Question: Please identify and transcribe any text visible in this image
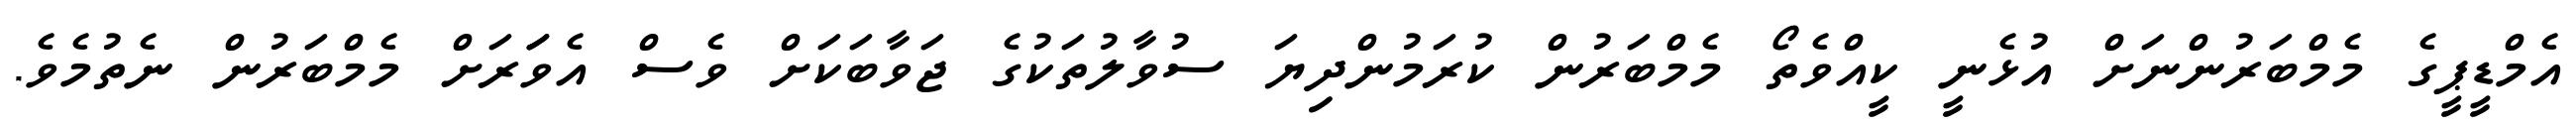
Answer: އެމްޑީޕީގެ މެމްބަރުންނަށް އުޅެނީ ކީއްވެތޯ މެމްބަރުން ކުރަމުންދިޔަ ސުވާލުތަކުގެ ޖަވާބަކަށް ވެސް އެވަަރަށް މެމްބަރުން ނެތުމެވެ.